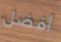
أفضل